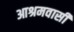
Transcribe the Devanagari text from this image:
आश्रमवासी